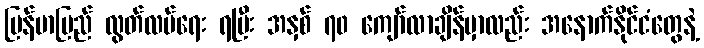
မြန်မာပြည် လွတ်လပ်ရေး ရပြီး အနှစ် ၇၀ ကျော်လာချိန်မှာလည်း အနောက်နိုင်ငံတွေနဲ့